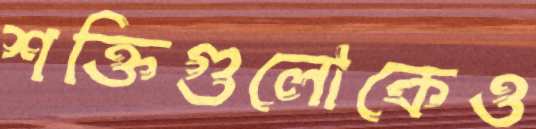
শক্তিগুলোকেও